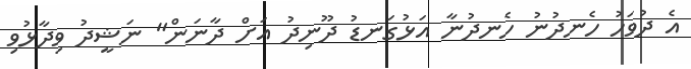
އެ ދުވަހު ހެނދުނު ހެނދުނާ އަޅުގަނޑު ދޫނިދު އަށް ދާނަން" ނަޝީދު ވިދާޅުވި